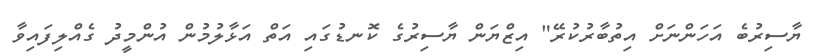
ޔާސިރުބެ އަހަންނަށް އިތުބާރުކުރޭ" އިޒްޔަން ޔާސިރުގެ ކޮނޑުގައި އަތް އަޅާލުމުން އުންމީދު ގެއްލިފައިވާ